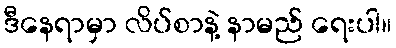
ဒီနေရာမှာ လိပ်စာနဲ့ နာမည် ရေးပါ။